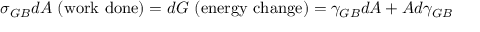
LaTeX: \sigma _ { G B } d A { \mathrm { ~ ( w o r k ~ d o n e ) } } = d G { \mathrm { ~ ( e n e r g y ~ c h a n g e ) } } = \gamma _ { G B } d A + A d \gamma _ { G B } \,